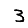
Digit: 3